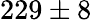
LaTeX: {229\pm 8}